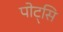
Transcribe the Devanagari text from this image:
पोट्सि